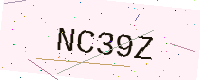
Text: NC39Z